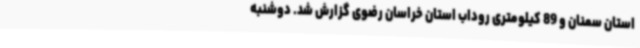
استان سمنان و 89 کیلومتری روداب استان خراسان رضوی گزارش شد. دوشنبه